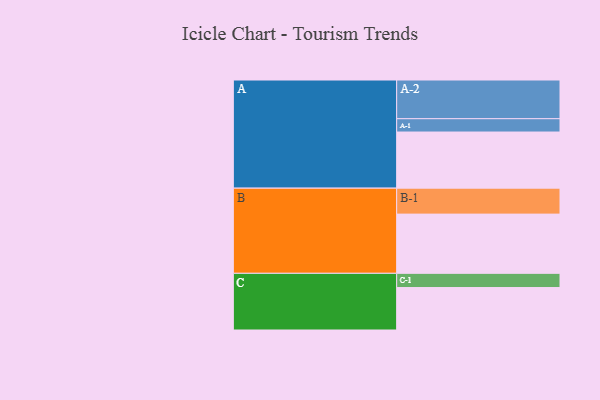
{"axis": {"x": "Segment", "y": "Value"}, "legend": ["", "A", "B", "C"], "data": [{"x": "A", "y": 422, "type": ""}, {"x": "B", "y": 445, "type": ""}, {"x": "C", "y": 319, "type": ""}, {"x": "A-1", "y": 100, "type": "A"}, {"x": "A-2", "y": 291, "type": "A"}, {"x": "B-1", "y": 195, "type": "B"}, {"x": "C-1", "y": 107, "type": "C"}]}